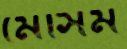
মৌসম